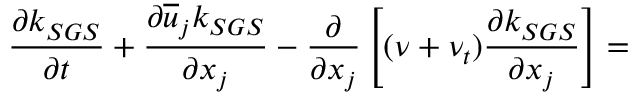
\frac { \partial k _ { S G S } } { \partial t } + \frac { \partial \overline { { u } } _ { j } k _ { S G S } } { \partial x _ { j } } - \frac { \partial } { \partial x _ { j } } \left[ ( \nu + \nu _ { t } ) \frac { \partial k _ { S G S } } { \partial x _ { j } } \right] =